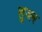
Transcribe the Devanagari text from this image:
लुजन